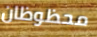
محظوظان